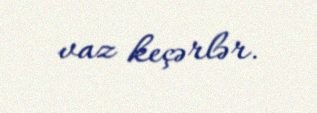
vaz keçərlər.